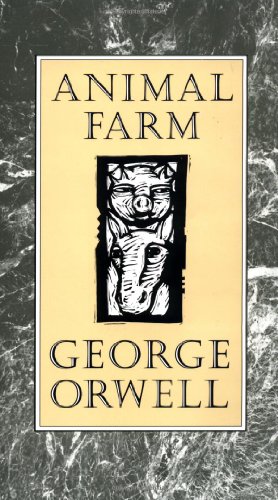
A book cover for Animal Farm; George Orwell; Teen & Young Adult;